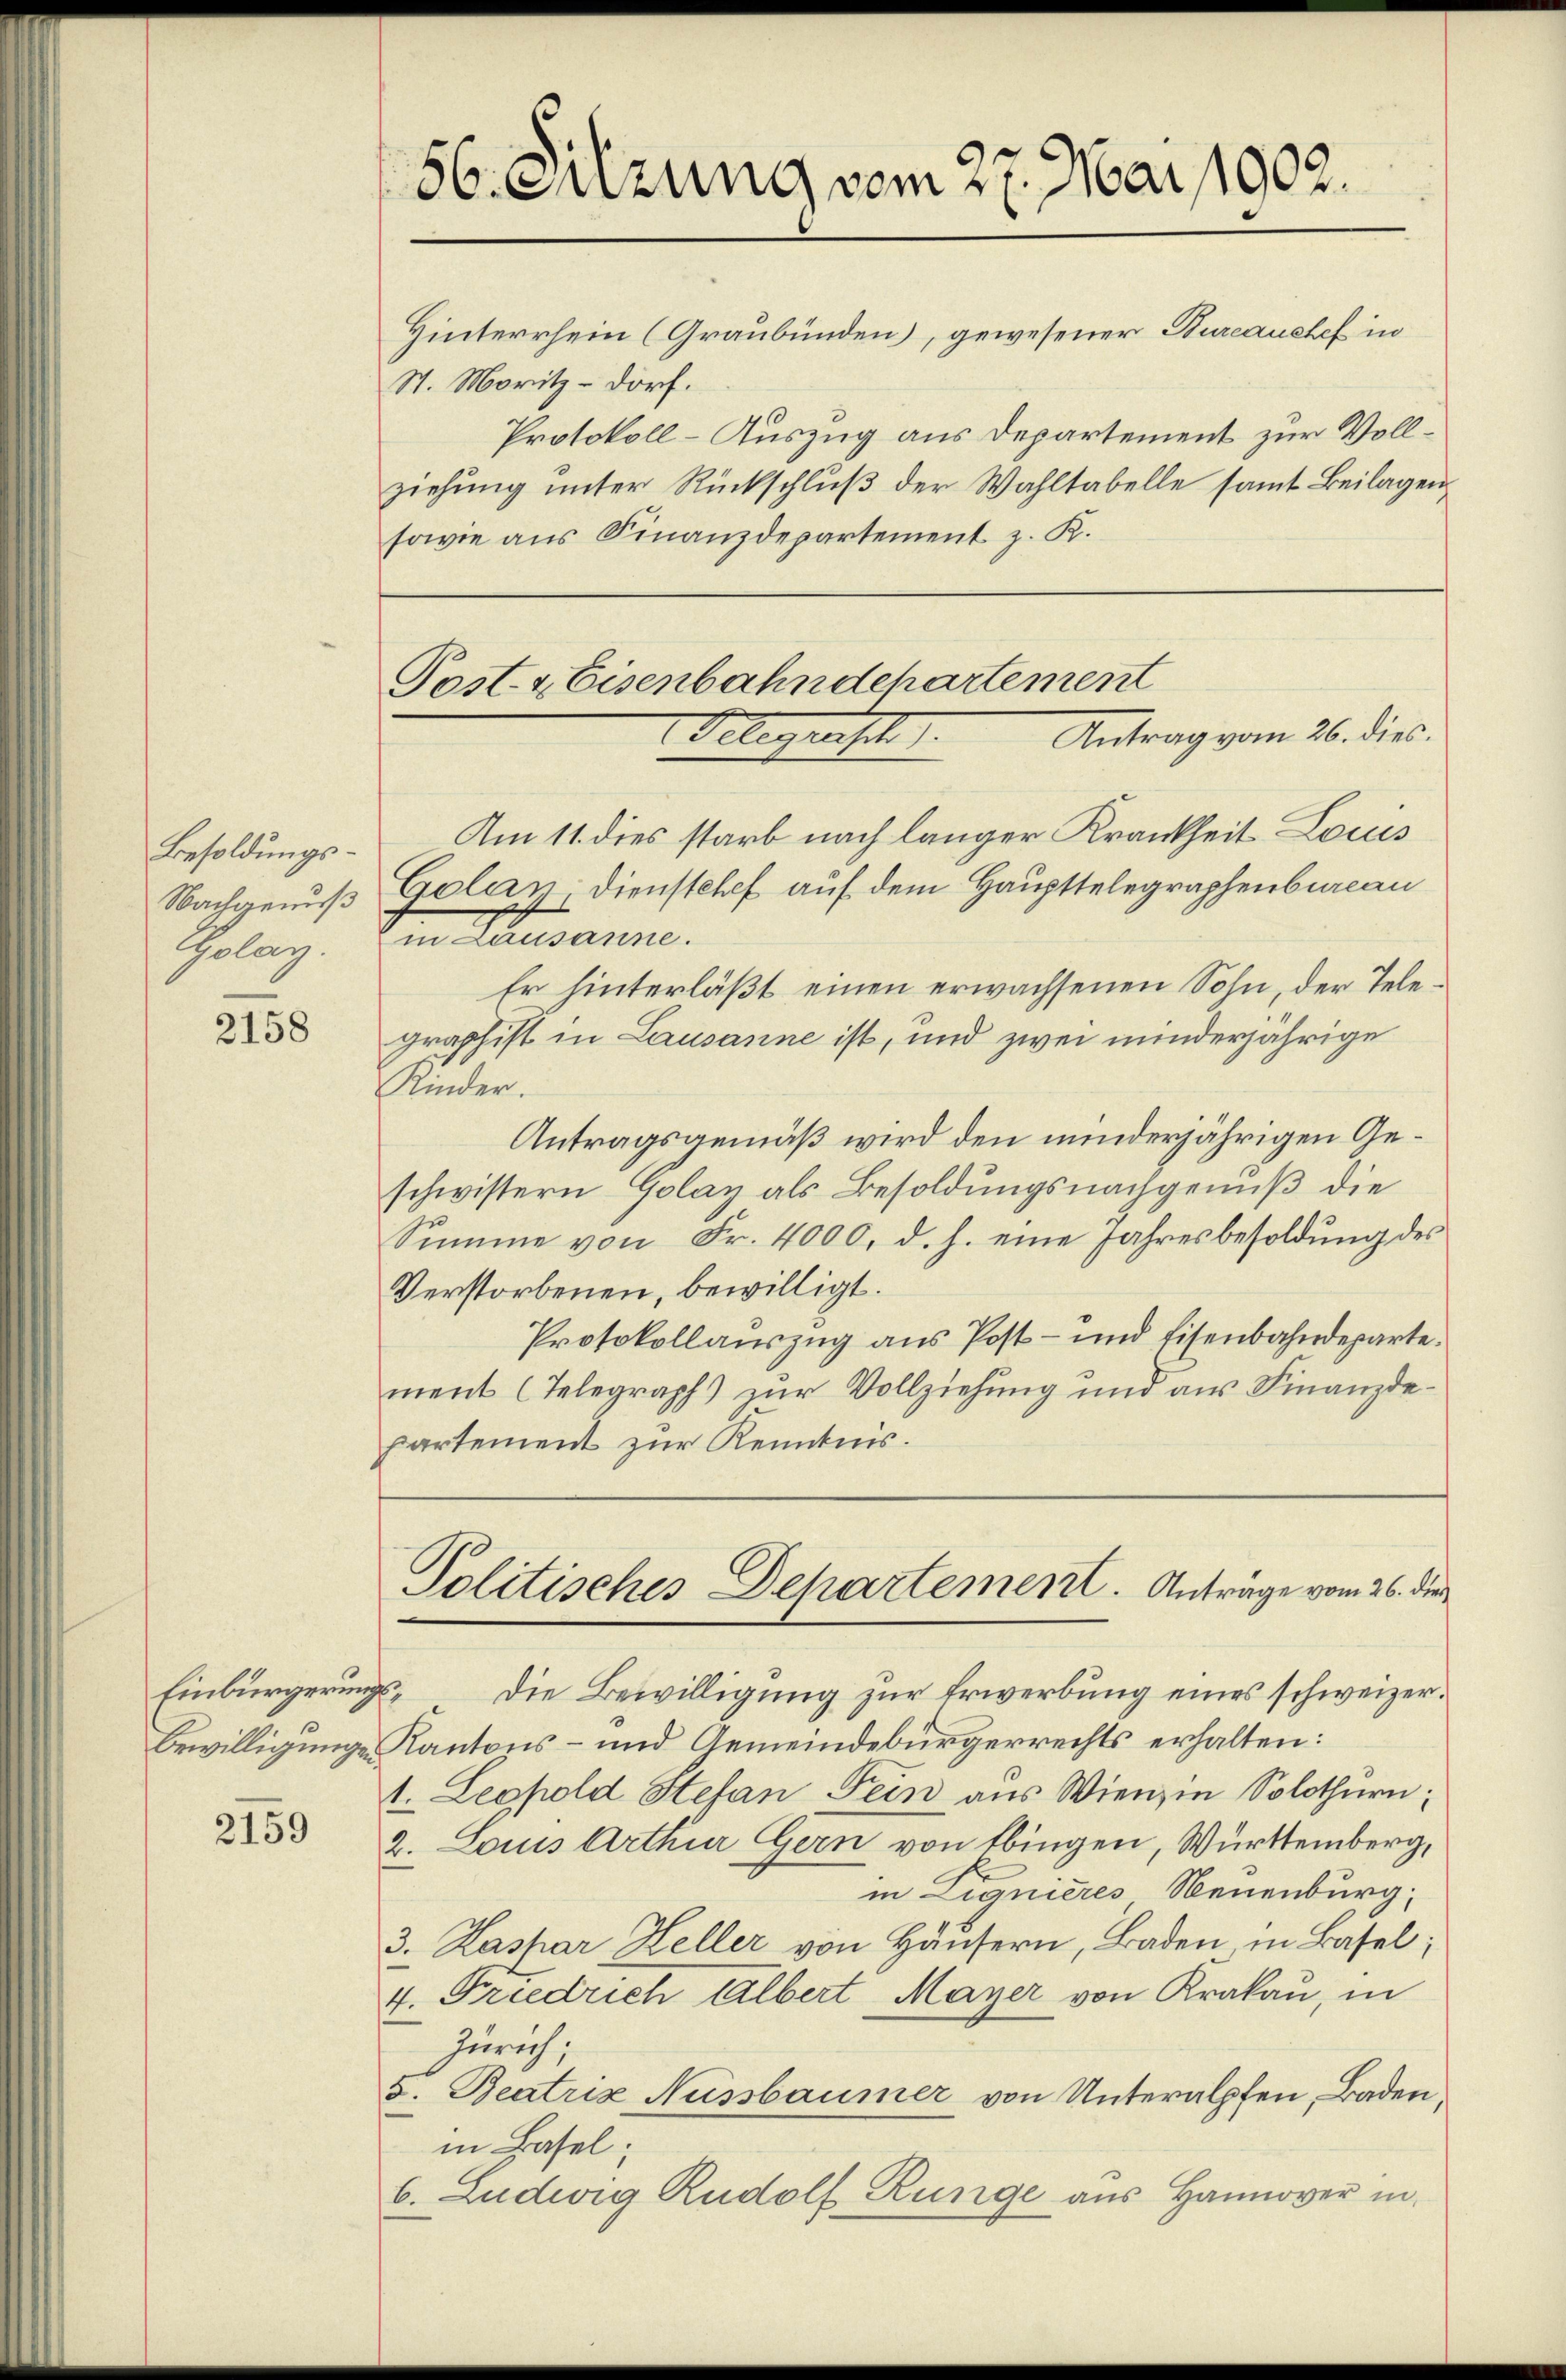
Besoldungs¬
Nachgenuß
Golay.

2158

Hinterrhein (Graubünden), gewesener Bureauchef in
S. Moritz-Dorf.
Protokoll-Auszug aus Departement zur Vollziehŭng ŭnter Rückschlŭβ der Wahltabelle samt Beilagen
sowie aus Finanzdepartement z. K.

Einbürgerungs¬
Bewilligungen

2159

56. Suzung vom 27. Mai 1902.

Post- & Eisenbahndepartement
Antrag vom 26. dies.
Gelegerische

Am 11. dies starb nach länger Krankheit Louis
Golay, Dienstchef auf dem Haupttelegraphenbureau
in Lausanne.
Er hinterläßt einen erwachsenen Sohn, der Telegraphist in Lausanne ist, und zwei minderjährige
Kinder.
Antragsgemäß wird den minderjährigen Geschwistern Golay als Besoldungsnachgenuß die
Summe von Fr. 4000. d. h. eine Jahresbesoldung des
Verstorbenen, bewilligt.
Protokollauszug aus Post- und Eisenbahndeparte
ment (Telegraph) zur Vollziehung und aus Finanzdepartement zur Kenntnis.

Politisches Departement. Anträge vom 26. die

Die Bewilligung zur Erwerbung eines schweizer¬
Kantons- und Gemeindebürgerrechts erhalten:
1. Leopold Stefan Fein aus Wienz in Solothurn,
2. Louis Arthur Gern von Ebingen, Württemberg,
in Lignieres Neuenburg;
3. Kaspar Heller von Häusern, Baden in Basel;
4. Friedrich Albert Mayer von Krakau, in
Zürich;
5. Beatrix Nussbaumer von Unteralpfen, Baden,
in Basel.
b. Ludwig Rudolf Runge aus Hannover in